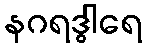
နဂရဒွါရေ